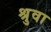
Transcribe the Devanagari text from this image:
श्रुवा